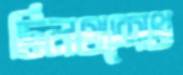
টিলথশেখ